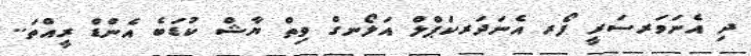
ދި އެނަވަރސަރީ ފޯރ އެނަދަރކަޕްލް އަލޯނގް ވިތް ޔާޝް ކުޑަބެ އެންޑް ރީއްތަ..